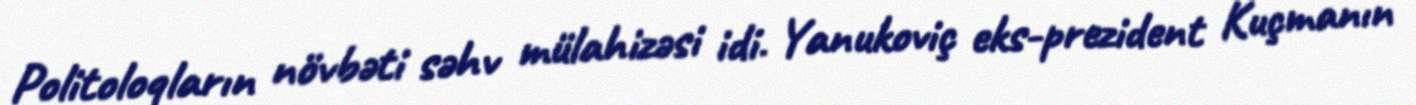
Politoloqların növbəti səhv mülahizəsi idi. Yanukoviç eks-prezident Kuçmanın